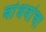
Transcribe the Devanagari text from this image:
बांधवांचा